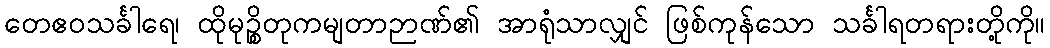
တေဧဝသင်္ခါရေ၊ ထိုမုဉ္စိတုကမျတာဉာဏ်၏ အာရုံသာလျှင် ဖြစ်ကုန်သော သင်္ခါရတရားတို့ကို။